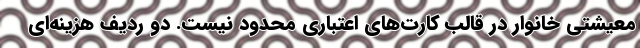
معیشتی خانوار در قالب کارت‌های اعتباری محدود نیست. دو ردیف هزینه‌ای